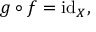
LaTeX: g \circ f = \operatorname { i d } _ { X } ,